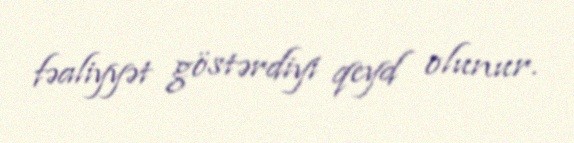
fəaliyyət göstərdiyi qeyd olunur.